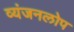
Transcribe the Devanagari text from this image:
व्यंजनलोप